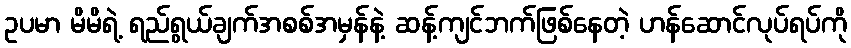
ဥပမာ မိမိရဲ့ ရည်ရွယ်ချက်အစစ်အမှန်နဲ့ ဆန့်ကျင်ဘက်ဖြစ်နေတဲ့ ဟန်ဆောင်လုပ်ရပ်ကို